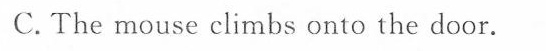
C. The mouse climbs onto the door.